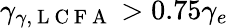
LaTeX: \gamma_{\gamma,\mathrm{~L~C~F~A~}}>0.75\gamma_{e}